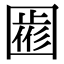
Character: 𡈖